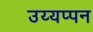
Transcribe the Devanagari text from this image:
उय्यप्पन